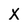
Character: X